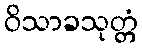
ဝိသာခသုတ္တံ